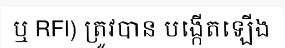
ឬ RFI) ត្រូវបាន បង្កើតឡើង